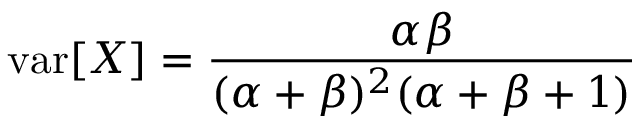
\operatorname { v a r } [ X ] = { \frac { \alpha \beta } { ( \alpha + \beta ) ^ { 2 } ( \alpha + \beta + 1 ) } }